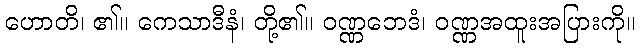
ဟောတိ၊ ၏။ ကေသာဒီနံ၊ တို့၏။ ဝဏ္ဏဘေဒံ၊ ဝဏ္ဏအထူးအပြားကို။